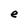
Character: e